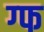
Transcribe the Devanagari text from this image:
ग्फ